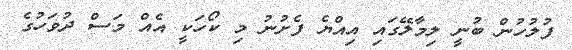
ފުލުހުން ބުނީ ލިމާލޭގައި އިއްޔެ ފެށުނު މި ކޯހަކީ އެއް މަސް ދުވަހުގެ